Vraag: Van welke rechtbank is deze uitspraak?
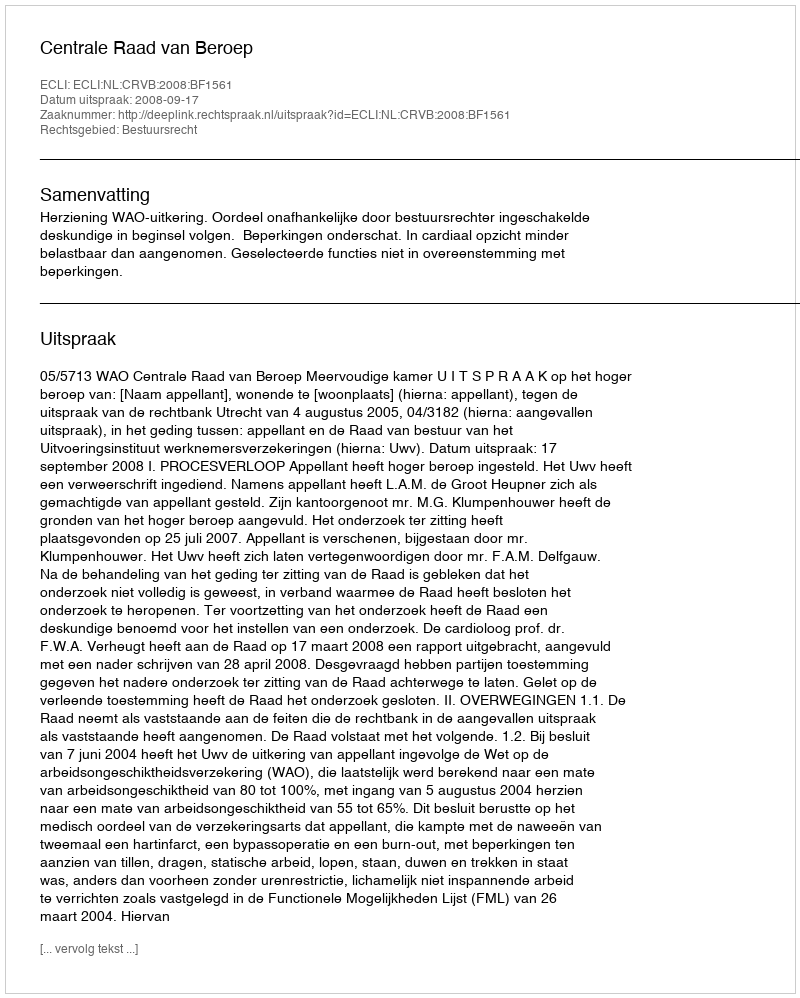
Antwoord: Centrale Raad van Beroep